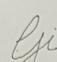
Signature authenticity: forged